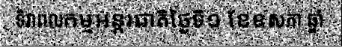
ទិវាពលកម្មអន្តរជាតិថ្ងៃទី១ ខែឧសភា ឆ្នាំ